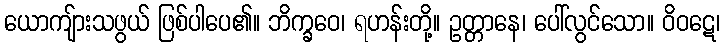
ယောကျ်ားသဖွယ် ဖြစ်ပါပေ၏။ ဘိက္ခဝေ၊ ရဟန်းတို့။ ဥတ္တာနေ၊ ပေါ်လွင်သော။ ဝိဝဋေ၊